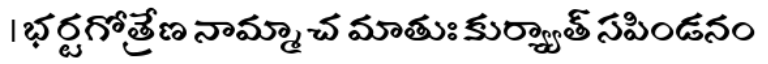
। భర్టగోత్రేణ నామ్మా చ మాతుః కుర్య్యాత్ సపిండనం